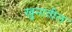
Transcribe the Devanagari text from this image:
खुनातील